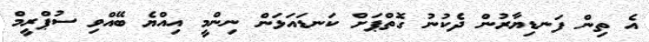
އެ ތިން ފަނޑިޔާރުން ދެކުނު ގޮތްޕަށް ކަނޑައަޅަން ނިންމީ އިއްޔެ ބޭއްވި ސުޕްރީމް